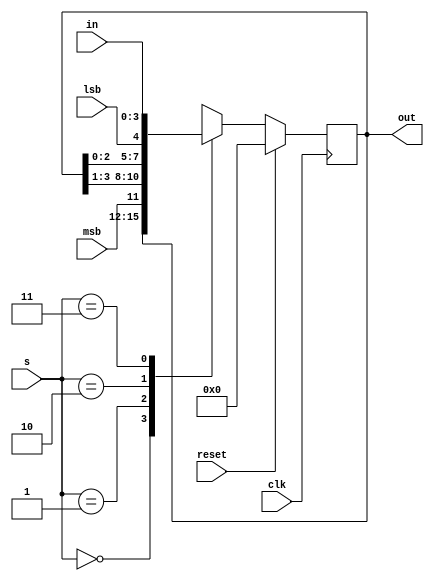
`timescale 1ns / 1ps

module universal_shift_register #(parameter w=4)(
input [w-1:0]in,
input msb,lsb,reset,clk,
input [1:0]s,
output reg [w-1:0]out
    );

always @ (posedge clk)
begin
	if (reset==1)
		out = 0;
	else
	begin
		case(s)
		2'b00: out = out; //nit chnage
		2'b01: out = {msb,out[w-1:1]}; //shift right
		2'b10: out = {out[w-2:0],lsb}; //shift left
		2'b11: out = in; //parallel load
		endcase
	end
end

endmodule